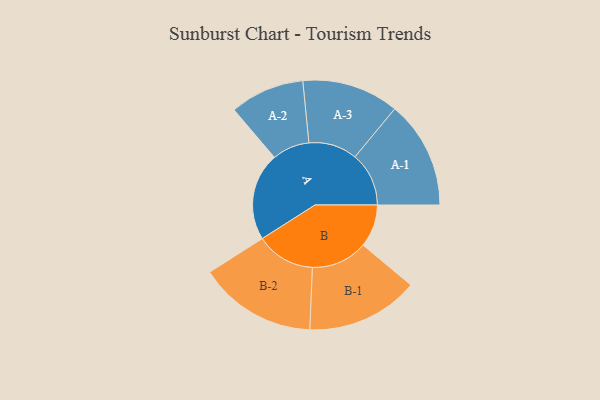
{"axis": {"x": "Segment", "y": "Value"}, "legend": ["", "A", "B"], "data": [{"x": "A", "y": 375, "type": ""}, {"x": "B", "y": 182, "type": ""}, {"x": "A-1", "y": 230, "type": "A"}, {"x": "A-2", "y": 159, "type": "A"}, {"x": "A-3", "y": 207, "type": "A"}, {"x": "B-1", "y": 240, "type": "B"}, {"x": "B-2", "y": 252, "type": "B"}]}